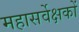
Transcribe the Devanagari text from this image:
महासर्वेक्षकों